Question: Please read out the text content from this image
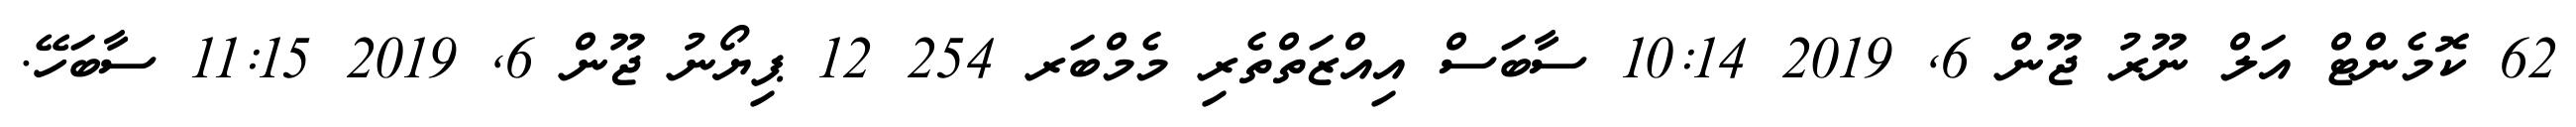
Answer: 62 ކޮމެންޓް އަލް ނޫރު ޖޫން 6, 2019 10:14 ސާބަސް އިއްޒަތްތެރި މެމްބަރ 254 12 ޕިޔޯނު ޖޫން 6, 2019 11:15 ސާބަހޭ.